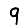
Digit: 9